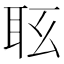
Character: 𦕇